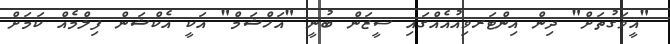
"އީވަގުތަށް" ދިން އިންޓަރވިއުއެއްގައި ސީޒަން ބުނީ "އަހްޝަމް" އަކީ އެކްޝަން ފިލްމެއް ކަމަށް